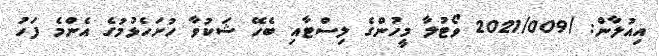
އިއުލާން: /2021/009 ވޯޓުލާ މީހުންގެ ލިސްޓާއި ބެހޭ ޝަކުވާ ހުށަހެޅުމުގެ އެންމެ ފަހު